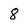
Character: 8